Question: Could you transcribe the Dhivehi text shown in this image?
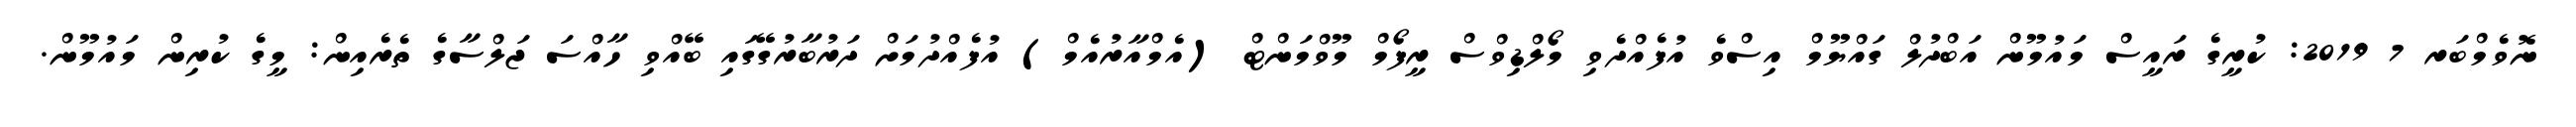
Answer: ނޮވެމްބަރ 7 2019: ކުރީގެ ރައީސް މައުމޫން އަބްދުލް ގައްޔޫމް އިސްވެ އުފެއްދެވި މޯލްޑިވްސް ރީފޯމް މޫވްމަންޓް (އެމްއާރުއެމް) އުފެއްދުމަށް ދަރުބާރުގޭގައި ބޭއްވި ހާއްސަ ޖަލްސާގެ ތެރެއިން: މީގެ ކުރިން މައުމޫން.